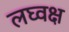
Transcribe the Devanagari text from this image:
लघ्वक्ष